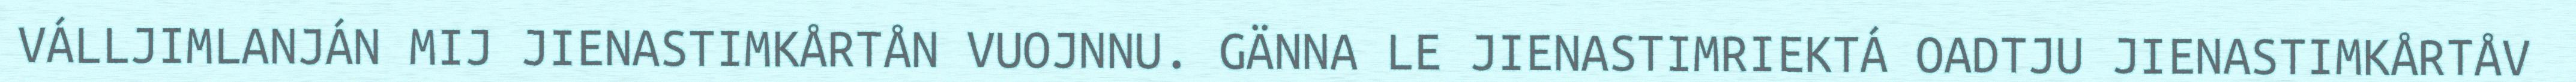
VÁLLJIMLANJÁN MIJ JIENASTIMKÅRTÅN VUOJNNU. GÄNNA LE JIENASTIMRIEKTÁ OADTJU JIENASTIMKÅRTÅV